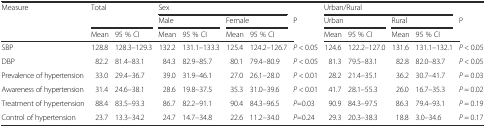
<table><thead><tr><td rowspan="3"><b>Measure</b></td><td rowspan="2" colspan="2"><b>Total</b></td><td colspan="4"><b>Sex</b></td><td></td><td colspan="4"><b>Urban/Rural</b></td><td></td></tr><tr><td colspan="2"><b>Male</b></td><td colspan="2"><b>Female</b></td><td rowspan="2"><b>P</b></td><td colspan="2"><b>Urban</b></td><td colspan="2"><b>Rural</b></td><td rowspan="2"><b>P</b></td></tr><tr><td><b>Mean</b></td><td><b>95 % CI</b></td><td><b>Mean</b></td><td><b>95 % CI</b></td><td><b>Mean</b></td><td><b>95 % CI</b></td><td><b>Mean</b></td><td><b>95 % CI</b></td><td><b>Mean</b></td><td><b>95 % CI</b></td></tr></thead><tbody><tr><td>SBP</td><td>128.8</td><td>128.3–129.3</td><td>132.2</td><td>131.1–133.3</td><td>125.4</td><td>124.2–126.7</td><td><i>P</i> &lt; 0.05</td><td>124.6</td><td>122.2–127.0</td><td>131.6</td><td>131.1–132.1</td><td><i>P</i> &lt; 0.05</td></tr><tr><td>DBP</td><td>82.2</td><td>81.4–83.1</td><td>84.3</td><td>82.9–85.7</td><td>80.1</td><td>79.4–80.9</td><td><i>P</i> &lt; 0.05</td><td>81.3</td><td>79.5–83.1</td><td>82.8</td><td>82.0–83.7</td><td><i>P</i> &lt; 0.05</td></tr><tr><td>Prevalence of hypertension</td><td>33.0</td><td>29.4–36.7</td><td>39.0</td><td>31.9–46.1</td><td>27.0</td><td>26.1–28.0</td><td><i>P</i> &lt; 0.01</td><td>28.2</td><td>21.4–35.1</td><td>36.2</td><td>30.7–41.7</td><td><i>P</i> = 0.03</td></tr><tr><td>Awareness of hypertension</td><td>31.4</td><td>24.6–38.1</td><td>28.6</td><td>19.8–37.5</td><td>35.3</td><td>31.0–39.6</td><td><i>P</i> &lt; 0.01</td><td>41.7</td><td>28.1–55.3</td><td>26.0</td><td>16.7–35.3</td><td><i>P</i> = 0.02</td></tr><tr><td>Treatment of hypertension</td><td>88.4</td><td>83.5–93.3</td><td>86.7</td><td>82.2–91.1</td><td>90.4</td><td>84.3–96.5</td><td><i>P</i>=0.03</td><td>90.9</td><td>84.3–97.5</td><td>86.3</td><td>79.4–93.1</td><td><i>P</i> = 0.19</td></tr><tr><td>Control of hypertension</td><td>23.7</td><td>13.3–34.2</td><td>24.7</td><td>14.7–34.8</td><td>22.6</td><td>11.2–34.0</td><td><i>P</i>=0.24</td><td>29.3</td><td>20.3–38.3</td><td>18.8</td><td>3.0–34.6</td><td><i>P</i> = 0.17</td></tr></tbody></table>